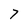
Character: 7